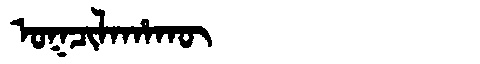
Manchu: ᠣᡴᠴᡳᠯᠠᡥᠠᡴᡡ
Romanization: OKCILAHAKŪ